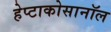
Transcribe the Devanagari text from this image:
हेप्टाकोसानॉल